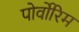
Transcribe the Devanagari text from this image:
पोर्वोरिम